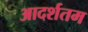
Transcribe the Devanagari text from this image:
आदर्शतम